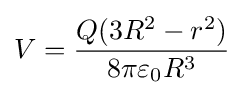
V={\frac {Q(3R^{2}-r^{2})}{8\pi \varepsilon _{0}R^{3}}}